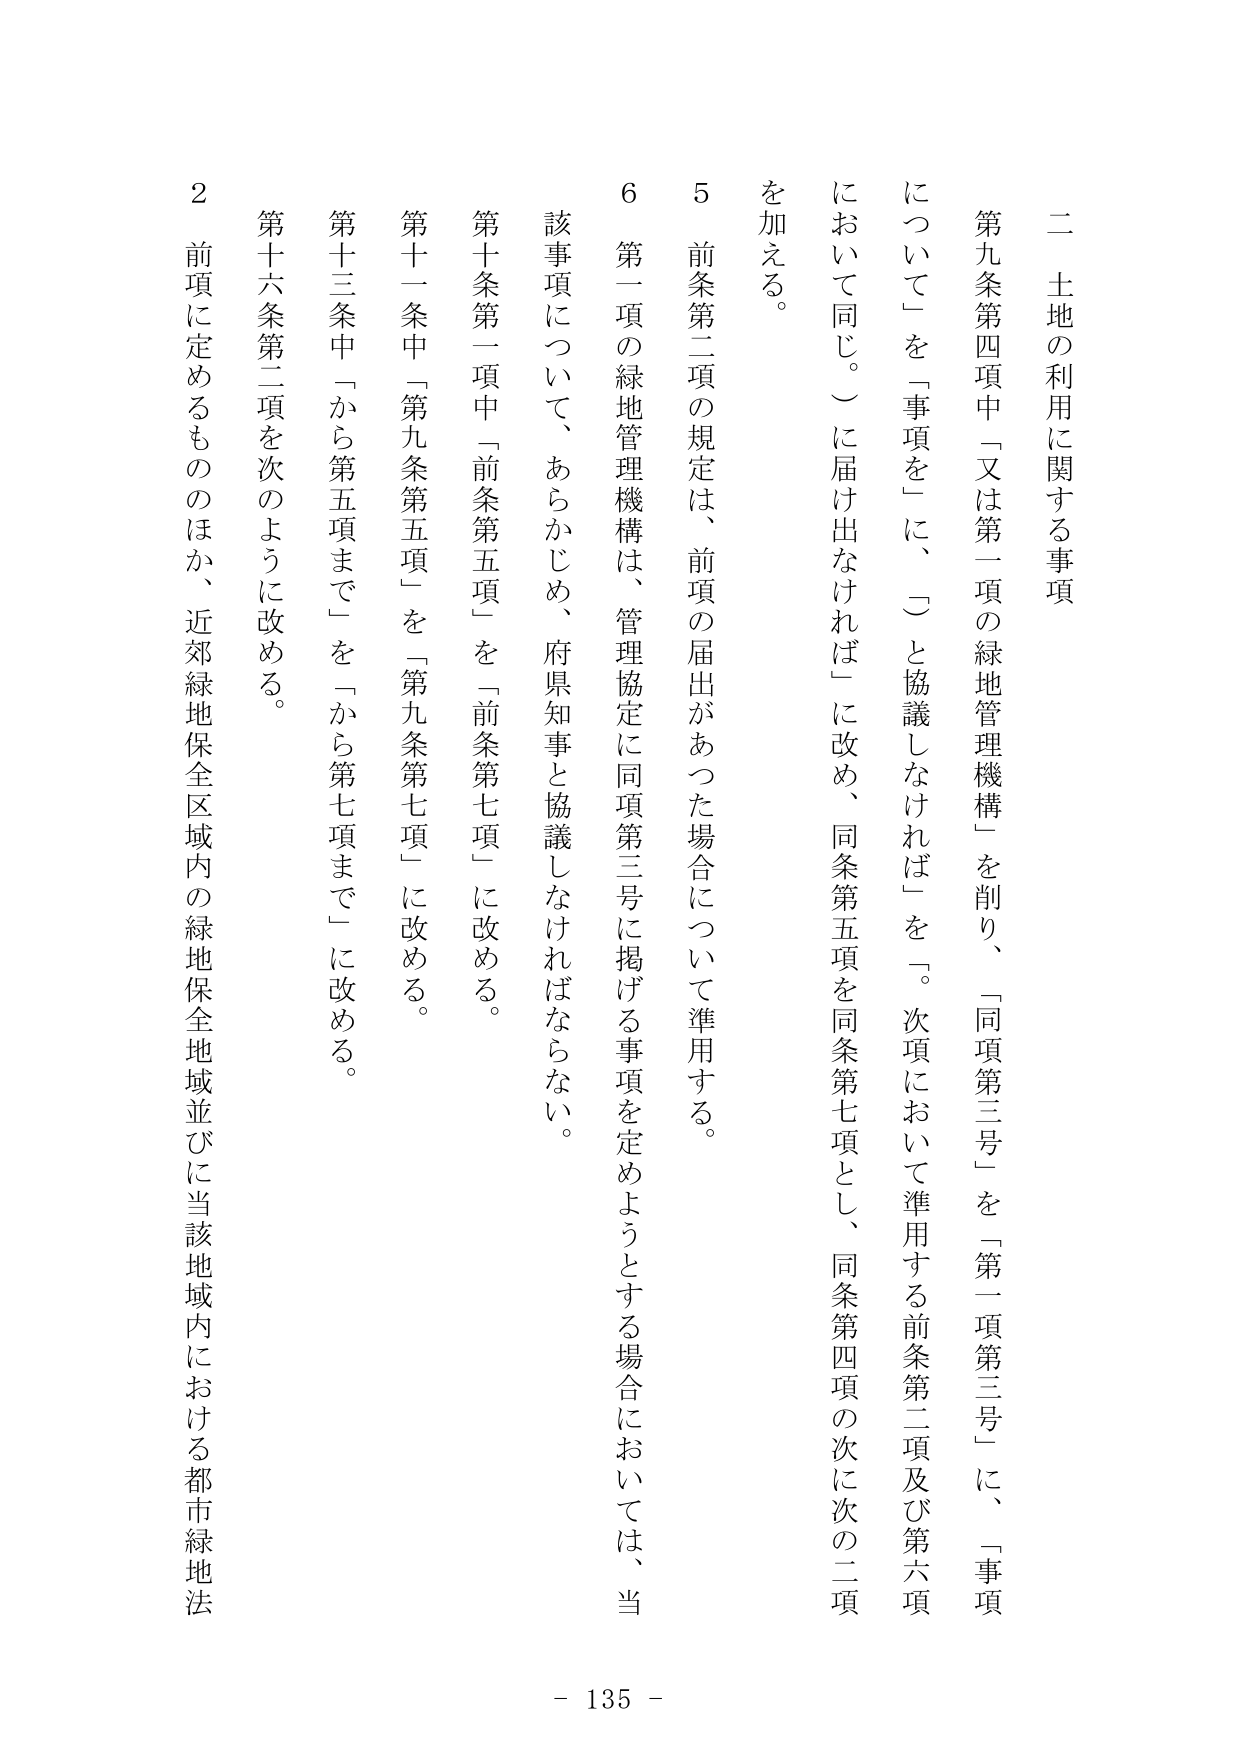
二　土地の利用に関する事項

第九条第四項中「又は第一項の緑地管理機構」を削り、「同項第三号」を「第一項第三号」に、「事項について」を「事項を」に、「○と協議しなければ」を「。次項において準用する前条第二項及び第六項において同じ。」に届け出なければ」に改め、同条第五項を同条第七項とし、同条第四項の次に次の二項を加える。

５　前条第二項の規定は、前項の届出があった場合について準用する。

６　第一項の緑地管理機構は、管理協定に同項第三号に掲げる事項を定めようとする場合においては、当該事項について、あらかじめ、府県知事と協議しなければならない。

第十条第一項中「前条第五項」を「前条第七項」に改める。

第十一条中「第九条第五項」を「第九条第七項」に改める。

第十三条中「から第五項まで」を「から第七項まで」に改める。

第十六条第二項を次のように改める。

２　前項に定めるもののほか、近郊緑地保全区域内の緑地保全地域並びに当該地域内における都市緑地法

- 135 -